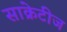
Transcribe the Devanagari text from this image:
साक्रेटीज